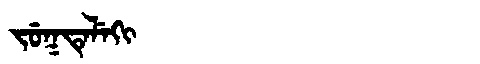
Manchu: ᠵᡠᡴᡨᡝᠯᡝᡴᡳ
Romanization: JUKTELEKI